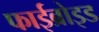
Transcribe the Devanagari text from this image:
फाईब्रोइड